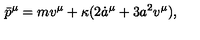
{ \bar { p } } ^ { \mu } = m v ^ { \mu } + \kappa ( 2 { \dot { a } } ^ { \mu } + 3 a ^ { 2 } v ^ { \mu } ) ,